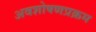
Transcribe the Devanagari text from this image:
अवशोषणप्रक्रम